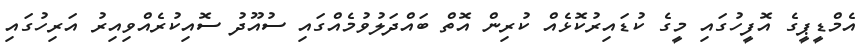
އެމްޑީޕީގެ އޮފީހުގައި މީގެ ކުޑައިރުކޮޅެއް ކުރިން އޮތް ބައްދަލުވުމެއްގައި ސުއޫދު ސޮއިކުރެއްވިއިރު އަރިހުގައި